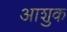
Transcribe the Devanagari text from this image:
आशुक